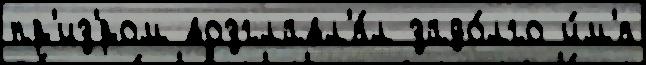
пр'из'́ром возглавл'я́л задо́лго и́м'я